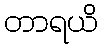
တာရယိ